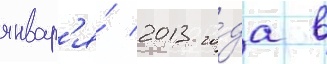
январ'я́ 2013 го́да в